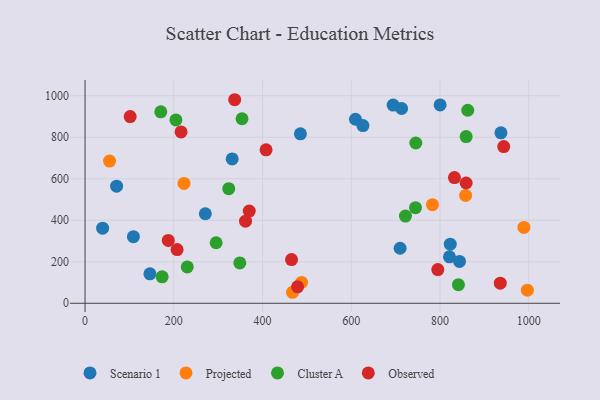
{"axis": {"x": "Price", "y": "Demand"}, "legend": ["Cluster A", "Observed", "Projected", "Scenario 1"], "data": [{"x": "485.4", "y": 816.7, "type": "Scenario 1"}, {"x": "609.5", "y": 886.8, "type": "Scenario 1"}, {"x": "109.0", "y": 321.0, "type": "Scenario 1"}, {"x": "823.2", "y": 285.0, "type": "Scenario 1"}, {"x": "710.1", "y": 265.1, "type": "Scenario 1"}, {"x": "821.4", "y": 223.7, "type": "Scenario 1"}, {"x": "271.1", "y": 431.5, "type": "Scenario 1"}, {"x": "844.0", "y": 201.8, "type": "Scenario 1"}, {"x": "146.2", "y": 142.1, "type": "Scenario 1"}, {"x": "713.5", "y": 938.5, "type": "Scenario 1"}, {"x": "331.6", "y": 695.8, "type": "Scenario 1"}, {"x": "71.1", "y": 564.1, "type": "Scenario 1"}, {"x": "694.4", "y": 955.1, "type": "Scenario 1"}, {"x": "39.6", "y": 361.8, "type": "Scenario 1"}, {"x": "626.3", "y": 856.3, "type": "Scenario 1"}, {"x": "937.4", "y": 821.3, "type": "Scenario 1"}, {"x": "800.3", "y": 956.0, "type": "Scenario 1"}, {"x": "223.0", "y": 577.4, "type": "Projected"}, {"x": "55.3", "y": 685.4, "type": "Projected"}, {"x": "783.1", "y": 475.3, "type": "Projected"}, {"x": "488.0", "y": 100.4, "type": "Projected"}, {"x": "997.0", "y": 63.0, "type": "Projected"}, {"x": "467.6", "y": 53.0, "type": "Projected"}, {"x": "989.2", "y": 365.6, "type": "Projected"}, {"x": "857.8", "y": 519.5, "type": "Projected"}, {"x": "170.7", "y": 922.6, "type": "Cluster A"}, {"x": "353.8", "y": 889.2, "type": "Cluster A"}, {"x": "230.4", "y": 175.3, "type": "Cluster A"}, {"x": "744.8", "y": 460.6, "type": "Cluster A"}, {"x": "859.0", "y": 803.4, "type": "Cluster A"}, {"x": "295.5", "y": 291.6, "type": "Cluster A"}, {"x": "348.8", "y": 194.2, "type": "Cluster A"}, {"x": "862.6", "y": 930.1, "type": "Cluster A"}, {"x": "173.7", "y": 127.4, "type": "Cluster A"}, {"x": "204.8", "y": 883.7, "type": "Cluster A"}, {"x": "323.9", "y": 552.3, "type": "Cluster A"}, {"x": "745.5", "y": 772.3, "type": "Cluster A"}, {"x": "722.2", "y": 420.0, "type": "Cluster A"}, {"x": "841.6", "y": 89.4, "type": "Cluster A"}, {"x": "207.5", "y": 259.0, "type": "Observed"}, {"x": "479.0", "y": 79.4, "type": "Observed"}, {"x": "858.9", "y": 579.7, "type": "Observed"}, {"x": "361.7", "y": 395.8, "type": "Observed"}, {"x": "101.7", "y": 899.8, "type": "Observed"}, {"x": "187.6", "y": 302.9, "type": "Observed"}, {"x": "832.6", "y": 605.6, "type": "Observed"}, {"x": "465.4", "y": 210.4, "type": "Observed"}, {"x": "337.3", "y": 980.9, "type": "Observed"}, {"x": "943.7", "y": 755.3, "type": "Observed"}, {"x": "370.1", "y": 444.4, "type": "Observed"}, {"x": "216.4", "y": 825.8, "type": "Observed"}, {"x": "935.9", "y": 97.0, "type": "Observed"}, {"x": "408.0", "y": 739.3, "type": "Observed"}, {"x": "795.1", "y": 162.4, "type": "Observed"}]}